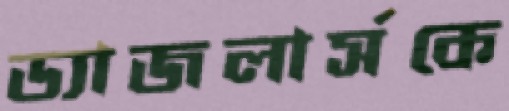
ড্যাজলার্সকে